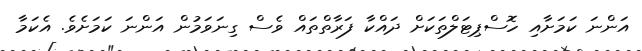
އަންނަ ކަމަށާއި ހޮސްޕިޓަލްތަކަށް ދައްކާ ފަރާތްތައް ވެސް ގިނަވަމުން އަންނަ ކަމަށެވެ. އެކަމާ